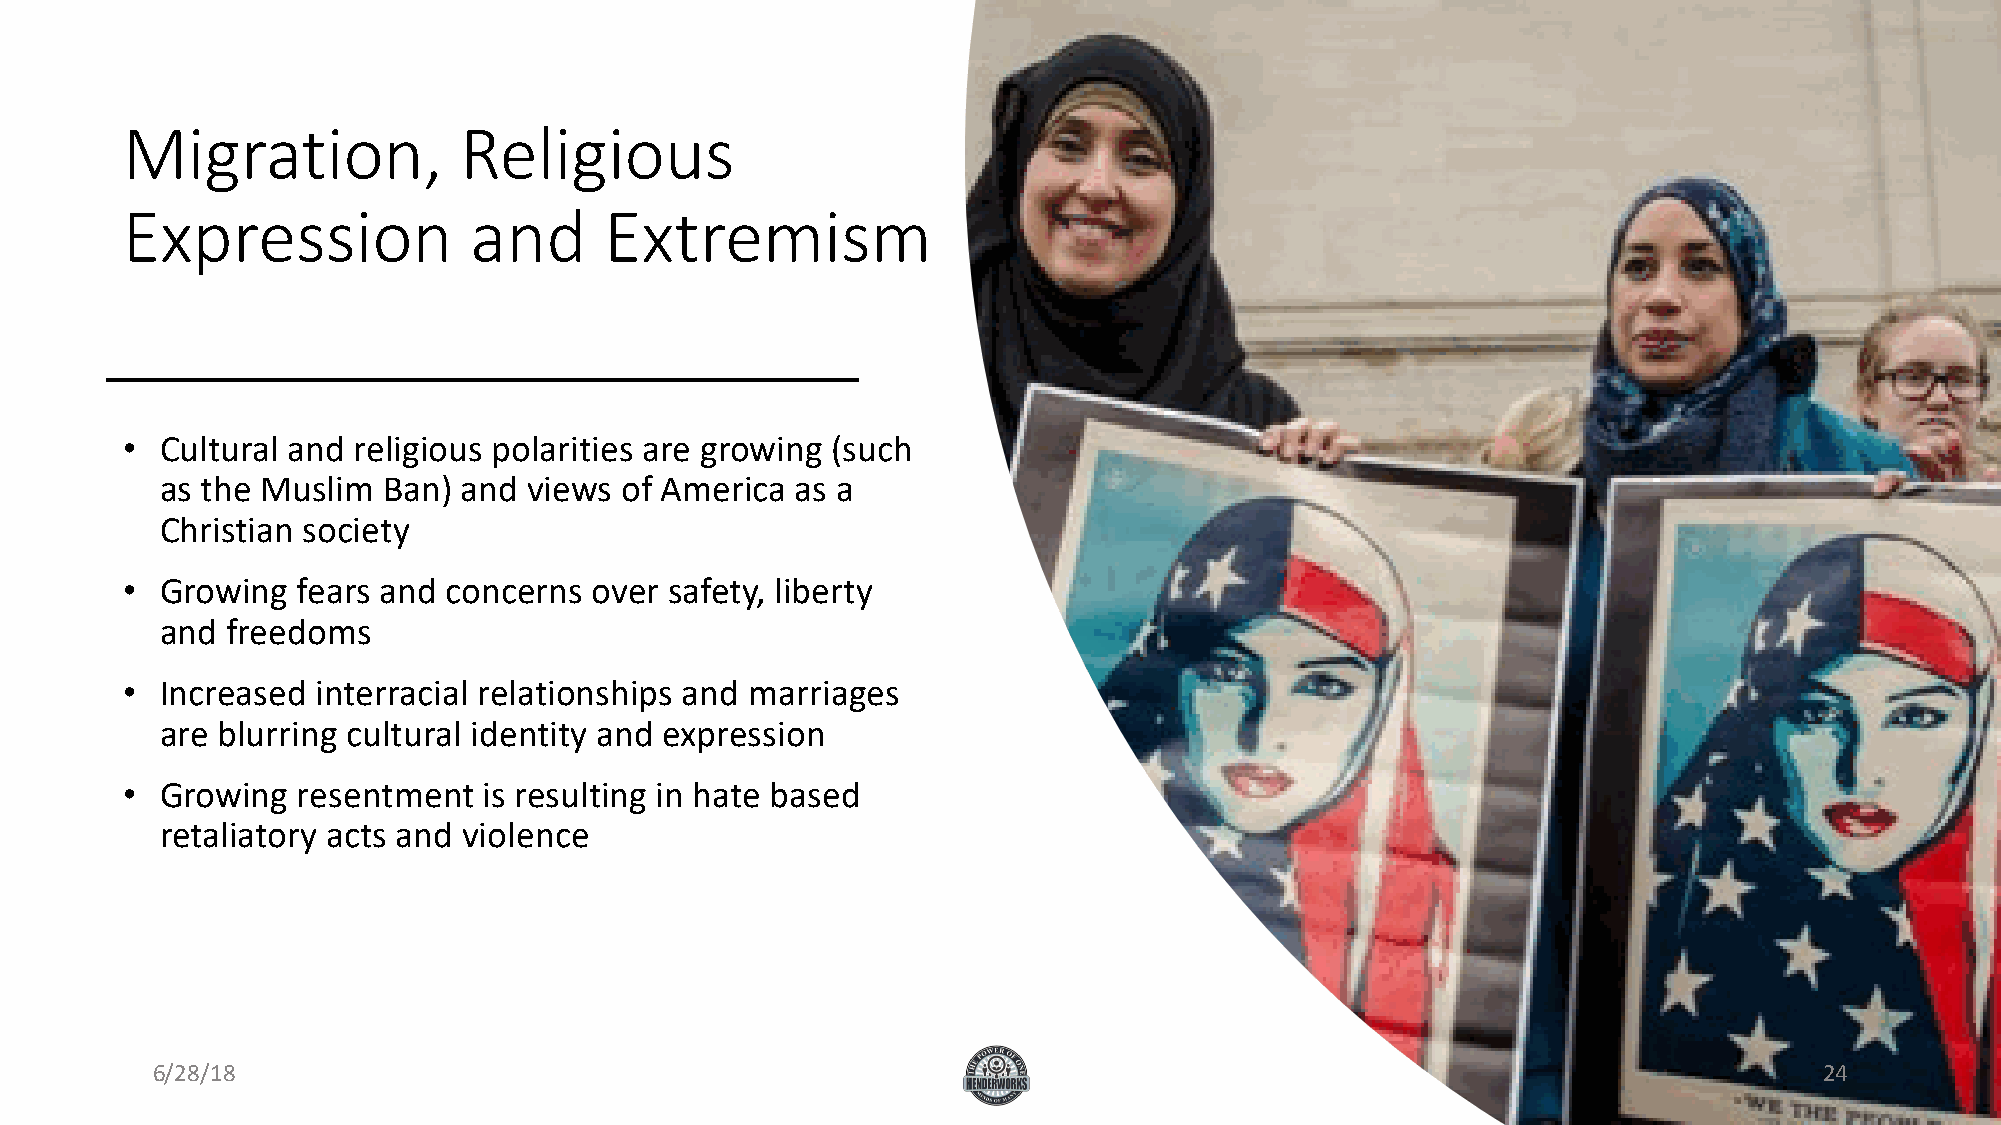
Migration,            Religious
 Expression             and      Extremism
 •  Cultural and religious polarities are growing (such
 as the Muslim Ban)  and views of America  as a
 Christian society
 •  Growing  fears and concerns over safety, liberty
 and freedoms
 •  Increased interracial relationships and marriages
 are blurring cultural identity and expression
 •  Growing  resentment  is resulting in hate based
 retaliatory acts and violence
 6/28/18                                                                                                        24